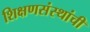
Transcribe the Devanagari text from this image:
शिक्षणसंस्थांची